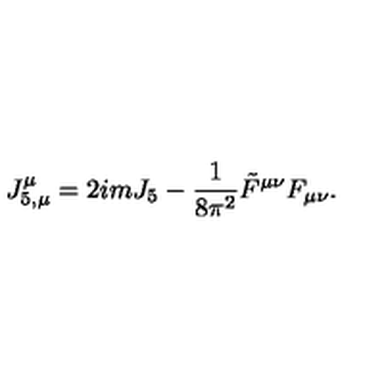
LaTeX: J _ { 5 , \mu } ^ { \mu } = 2 i m J _ { 5 } - \frac { 1 } { 8 \pi ^ { 2 } } \tilde { F } ^ { \mu \nu } F _ { \mu \nu } .